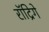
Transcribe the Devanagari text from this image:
रॉद्रिगे